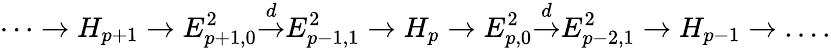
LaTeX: \cdots\to H_{p+1}\to E_{p+1,0}^{2}{\overset{d}{\to}}E_{p-1,1}^{2}\to H_{p}\to E_{p,0}^{2}{\overset{d}{\to}}E_{p-2,1}^{2}\to H_{p-1}\to\dots.